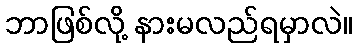
ဘာဖြစ်လို့ နားမလည်ရမှာလဲ။